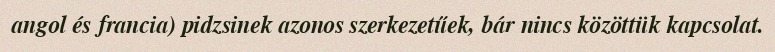
angol és francia) pidzsinek azonos szerkezetűek, bár nincs közöttük kapcsolat.